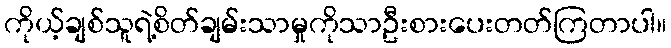
ကိုယ့်ချစ်သူရဲ့စိတ်ချမ်းသာမှုကိုသာဦးစားပေးတတ်ကြတာပါ။